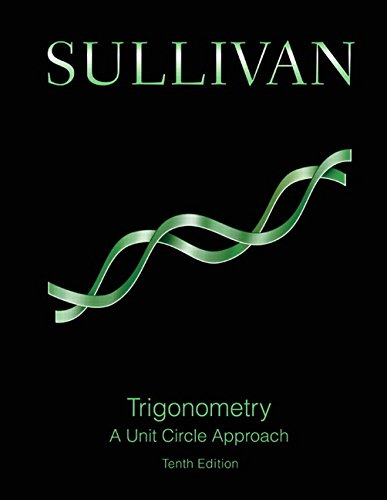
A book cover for Trigonometry: A Unit Circle Approach (10th Edition); Michael Sullivan; Science & Math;